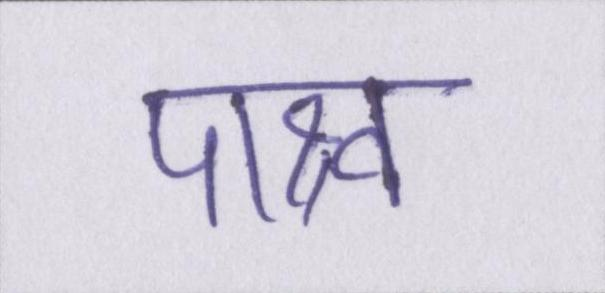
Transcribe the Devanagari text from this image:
पाश्र्व